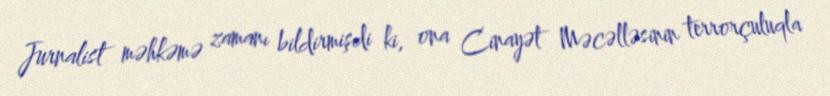
Jurnalist məhkəmə zamanı bildirmişdi ki, ona Cinayət Məcəlləsinin terrorçuluqla